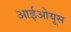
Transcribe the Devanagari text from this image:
आईओयूस